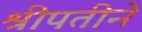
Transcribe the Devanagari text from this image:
श्रीपतीने